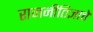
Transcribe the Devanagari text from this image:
राजनीतिज्ञाचे